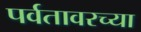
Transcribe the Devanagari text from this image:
पर्वतावरच्या